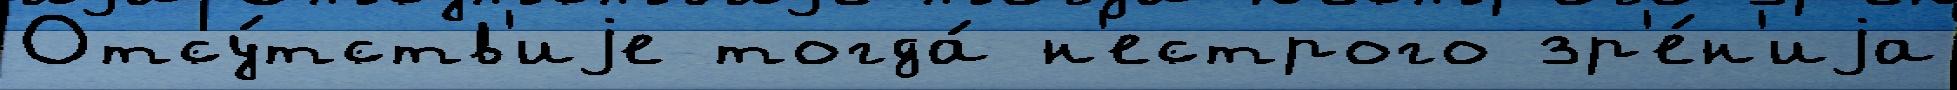
Отсу́тств'иjе тогда́ н'естрого зр'е́н'иjа